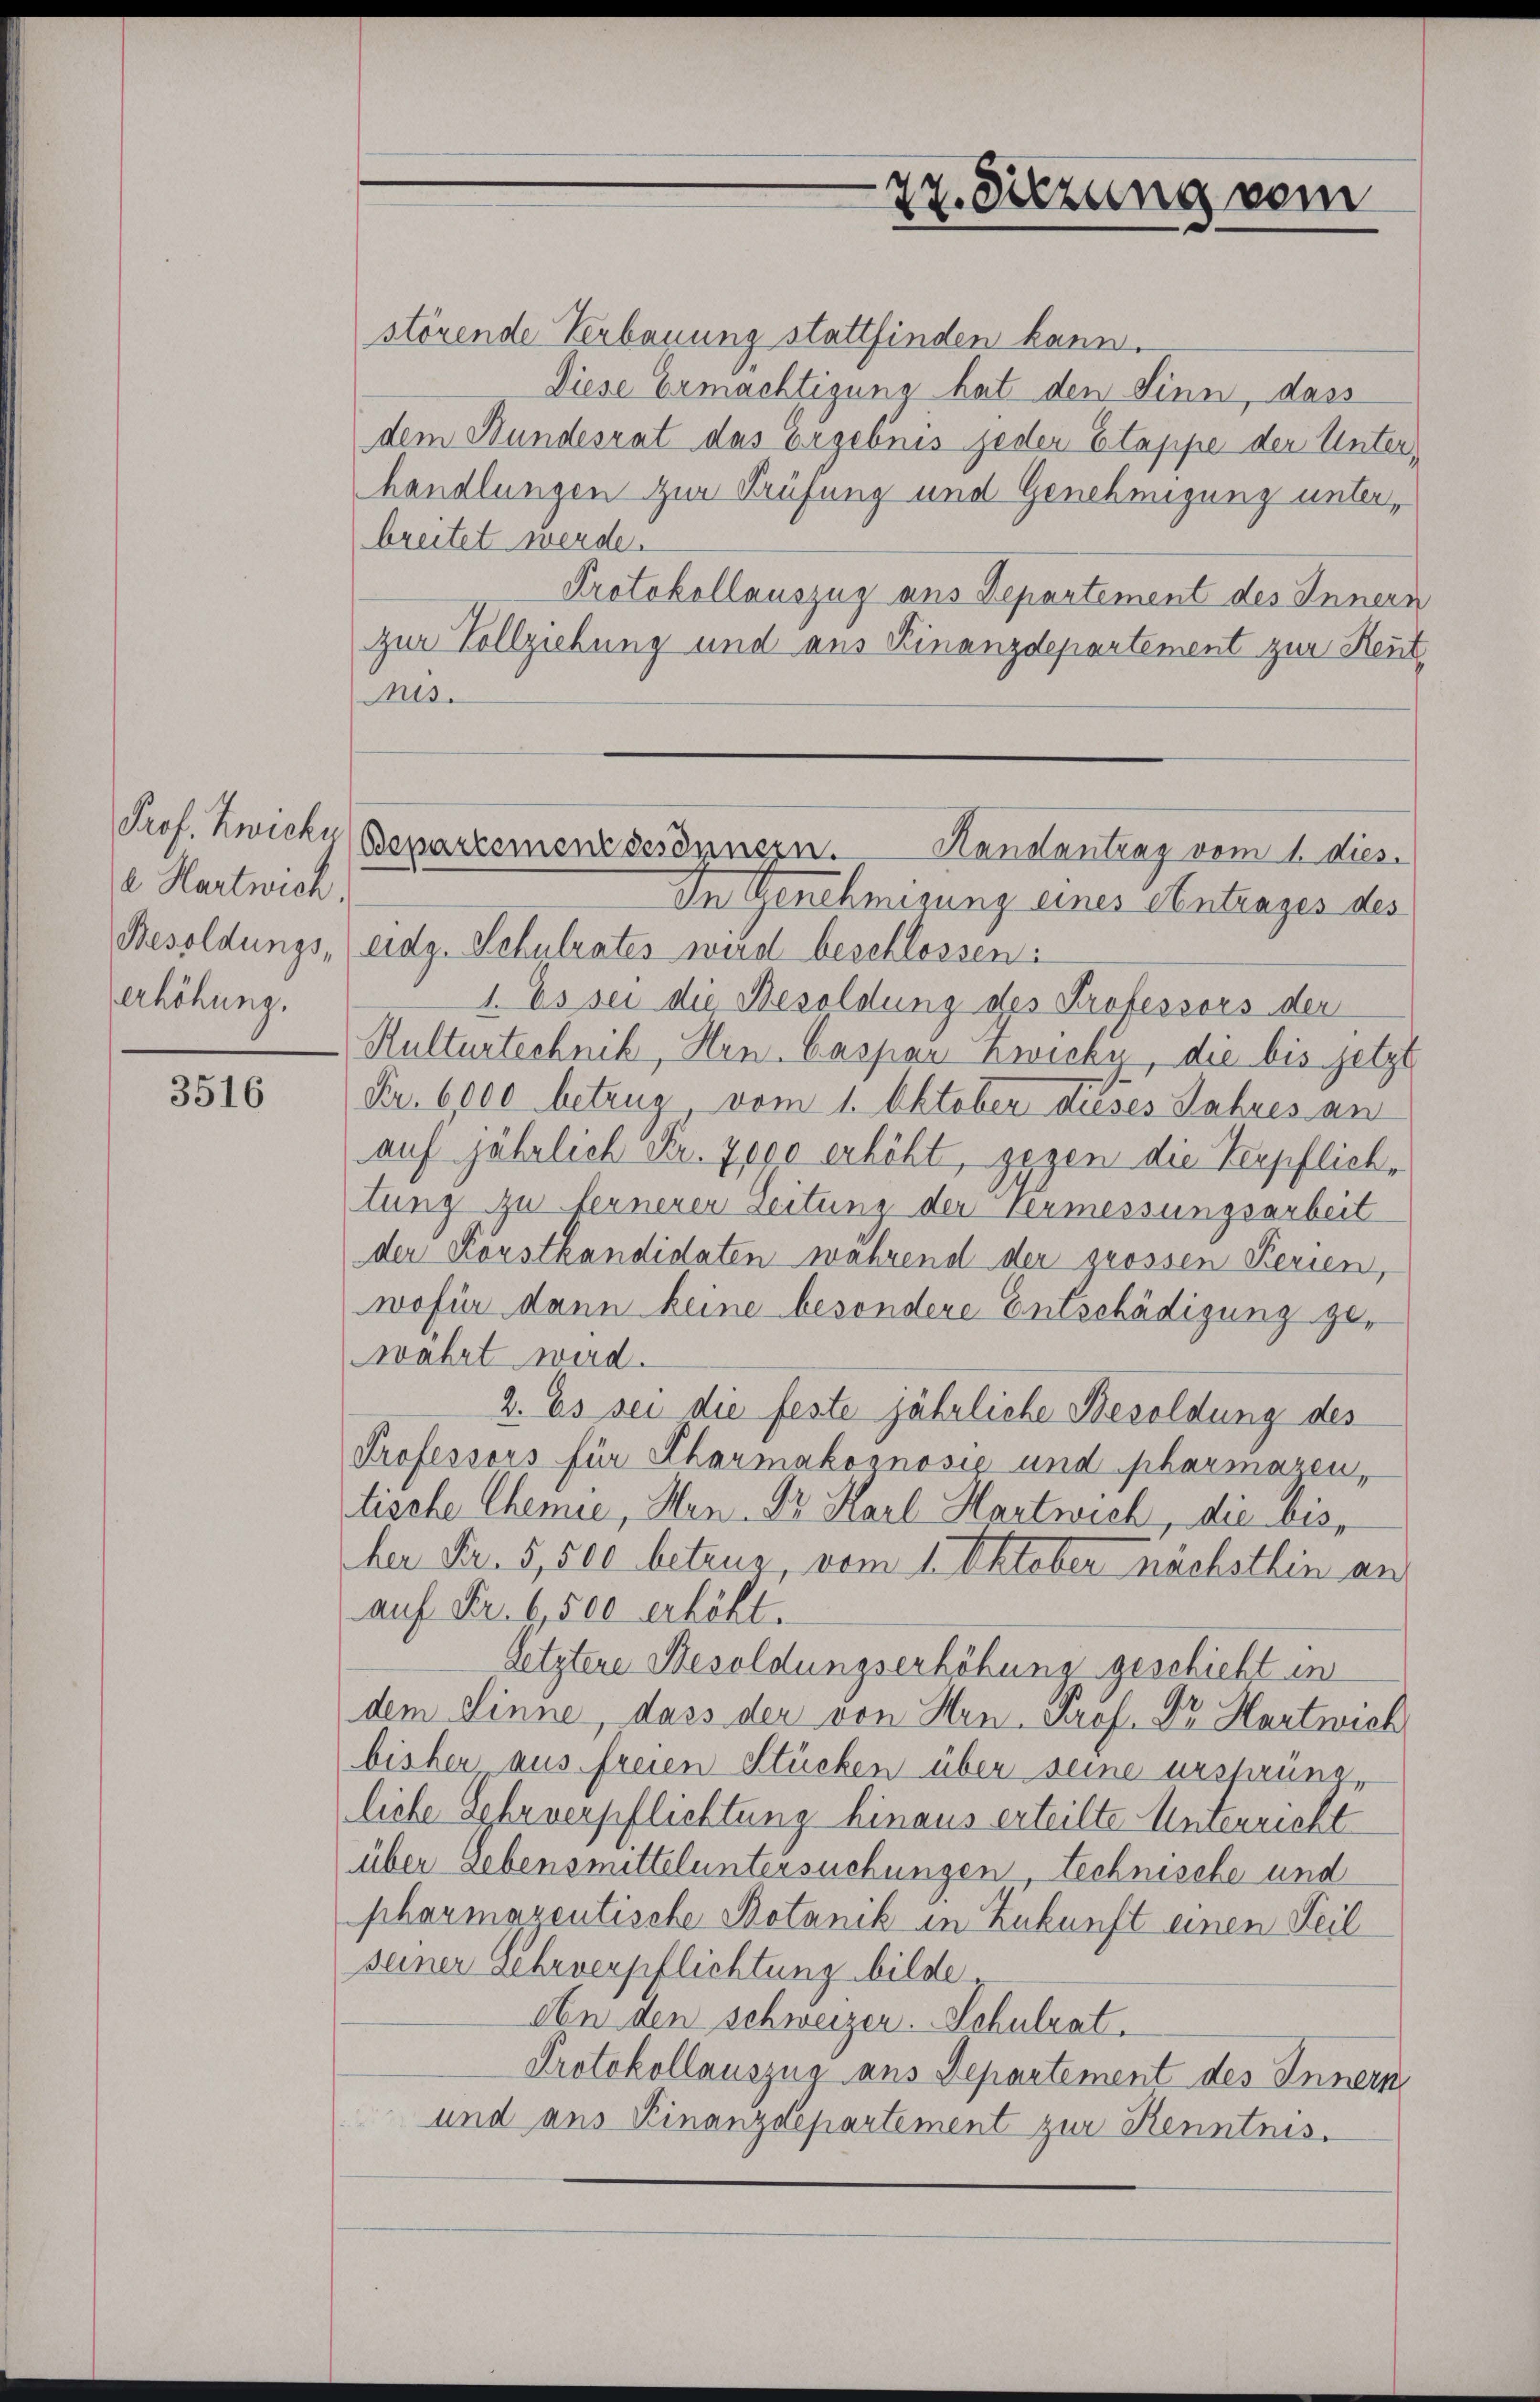
Prof. Zwicker
a Hartwich,
erhöhung.

3516

störende Verbauung stattfinden kann.
Diese Ermächtigung hat den Sinn, dass
dem Bundesrat das Ergebnis jeder Etappe der Unterhandlungen zur Prüfung und Genehmigung unterbreitet werden.
Protokollauszug aus Departement des Inners
zur Vollziehung und aus Kinanzdepartement zur Reut
Mts.
In Genehmigung eines Antrages des
Besoldungs eidg. Schulrates wird beschlossen:
1. Es sei die Besoldung des Professors der
Kulturtechnik, Hrn. Caspar Zwicker, die bis jetzt
Fr. 6000 betrug vom 1. Oktober dieses Jahres an
auf jährlich Kr. 7000 erhöht, gegen die Verpflichtung zu fernerer Zeitung der vermessungsarbeit
der Körstkandidaten während der grossen Ferien,
wofür dann keine besondere Entschädigung ger
wahrt wird.
2. Es sei die feste jährliche Besoldung des
Professors für Charmakoznosić und pharmaren,
tische Chemie, Hen. Dr. Karl Hartwich, die bese
der Fr. 5,500 betrug, vom 1. Oktober nächsthin an
auf Fr. 6500 erhöht.
Setztere Besoldungserhöhung geschiebt in
dem Sinne, dass der von Hen-Prof. Dr Hartwick
bisher aus freien Stücken über seine urspruns
liebe Sehrverpflichtung hinaus erteilte Unterricht
über Lebensmitteluntersuchungen technische und
pharmazentische Botanik in Zukunft einen Teil
seiner Lehrverpflichtung bilde.
An den schweizer. Schulrat.
Protokollauszua aus Departement des Innern
und aus Finanzdepartement zur Kenntnis.

27. Sitzung vom

Bepartement gesinnern.
Handantrag vom 1. dies.